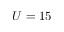
U = 1 5